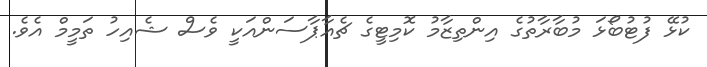
ކުޅޭ ފުޓުބޯޅަ މުބާރާތުގެ އިންތިޒާމު ކޮމިޓީގެ ޗެއާޕާސަންއަކީ ވެސް ޝެއިހު ތަމީމް އެވެ.